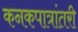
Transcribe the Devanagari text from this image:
कनकपात्रांतरी